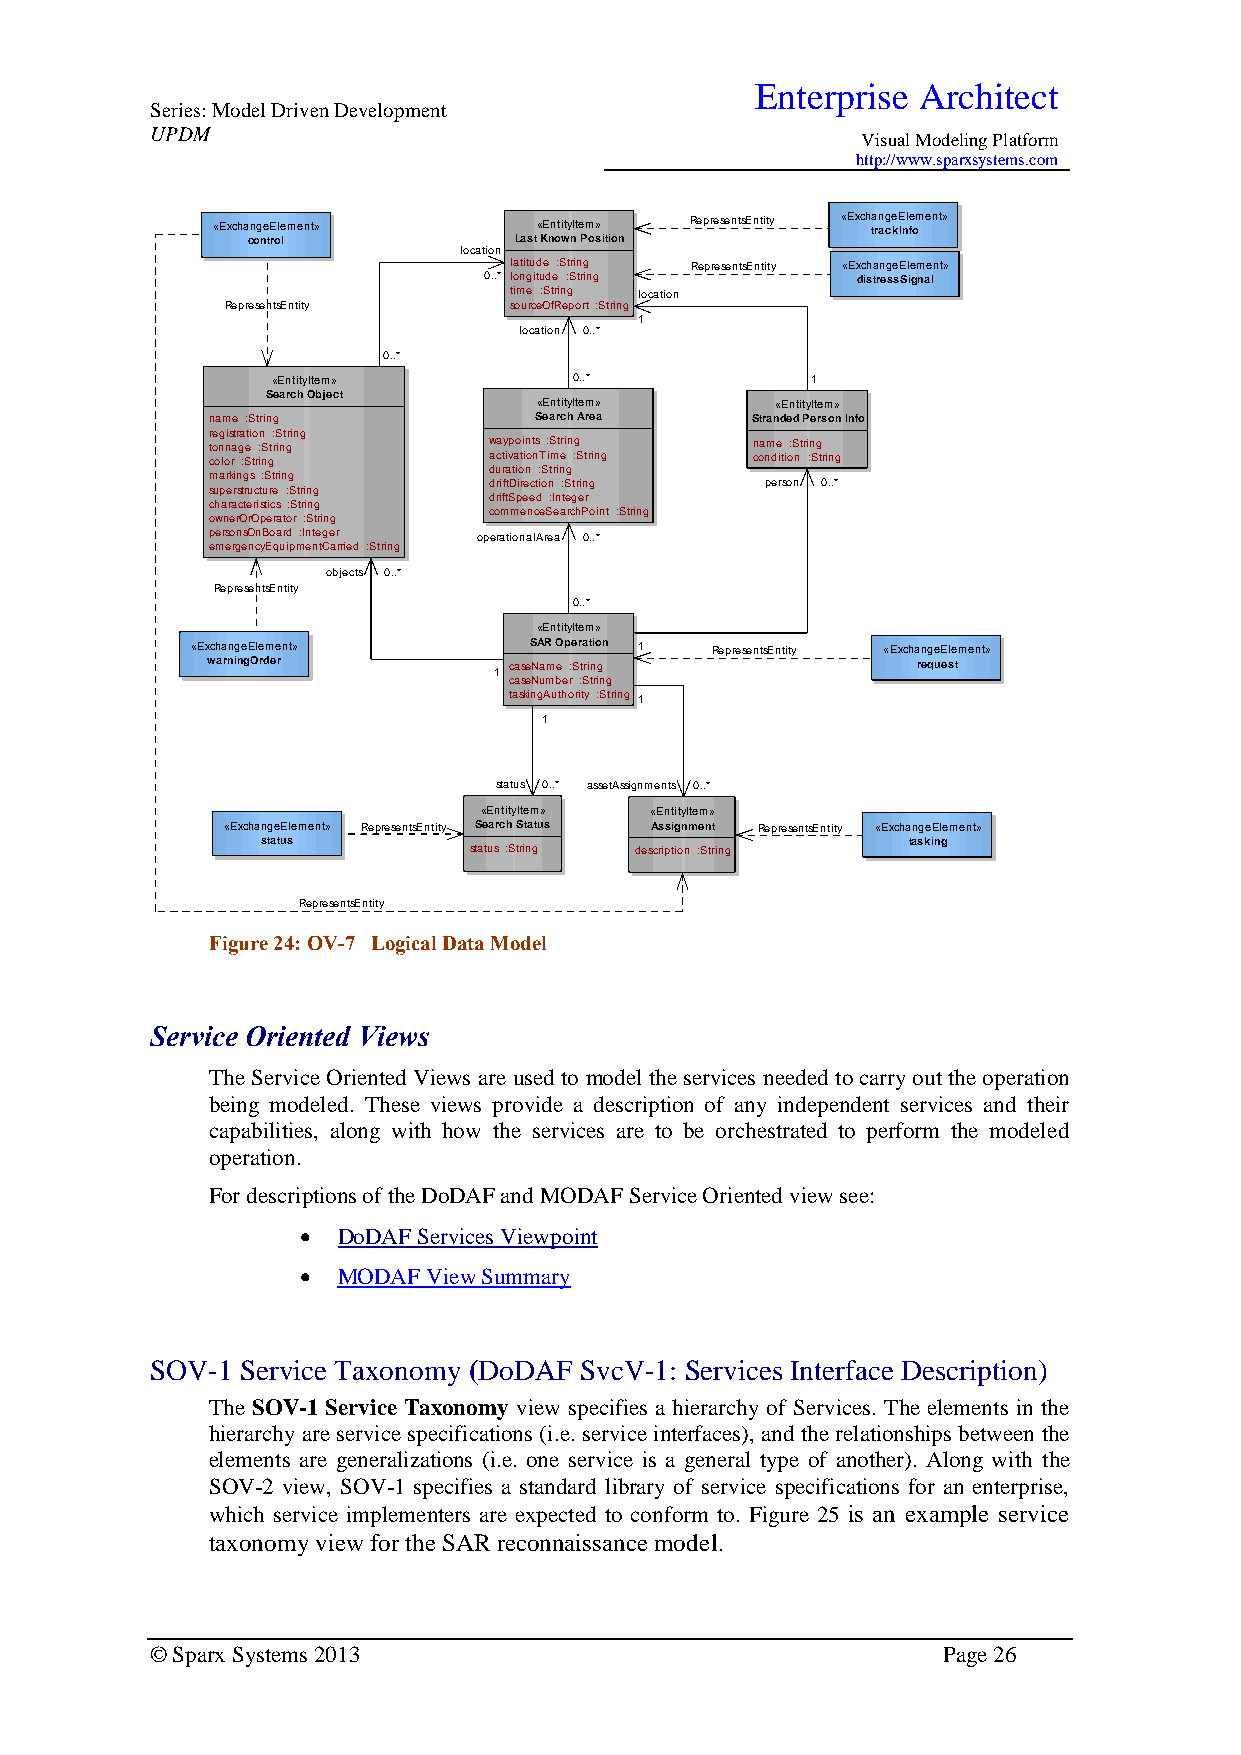
Enterprise Architect
 Series: Model Driven Development
 UPDM
 Visual Modeling Platform
 http://www.sparxsystems.com
 «ExchangeElement»     «EntityItem» RepresentsEntity «Exch ta rn ag ce kE Inl fe oment»
 control           Last Known Position
 location
 latitude :String RepresentsEntity «ExchangeElement»
 0..* longitude :String   distressSignal
 time :String location
 RepresentsEntity   sourceOfReport :String
 1
 location 0..*
 0..*
 «EntityItem»        0..*            1
 Search Object
 «EntityItem»   «EntityItem»
 name :String         Search Area    Stranded Person Info
 registration :String
 tonnage :String   waypoints :String name :String
 color :String     activationTime :String condition :String
 duration :String
 markings :String
 driftDirection :String person 0..*
 superstructure :String
 driftSpeed :Integer
 characteristics :String
 commenceSearchPoint :String
 ownerOrOperator :String
 personsOnBoard :Integer operationalArea 0..*
 emergencyEquipmentCarried :String
 objects 0..*
 RepresentsEntity
 0..*
 «EntityItem»
 «ExchangeElement»     SAR Operation 1 RepresentsEntity «ExchangeElement»
 warningOrder        caseName :String           request
 1
 caseNumber :String
 taskingAuthority :String 1
 1
 status 0..* assetAssignments 0..*
 «EntityItem» «EntityItem»
 «ExchangeElement» RepresentsEntity Search Status Assignment RepresentsEntity «ExchangeElement»
 status                                     tasking
 status :String description :String
 RepresentsEntity
 Figure 24: OV-7 Logical Data Model
 Service Oriented Views
 The Service Oriented Views are used to model the services needed to carry out the operation
 being modeled. These views provide a description of any independent services and their
 capabilities, along with how the services are to be orchestrated to perform the modeled
 operation.
 For descriptions of the DoDAF and MODAF Service Oriented view see:
  DoDAF Services Viewpoint
  MODAF View Summary
 SOV-1 Service Taxonomy (DoDAF SvcV-1: Services Interface Description)
 The SOV-1 Service Taxonomy view specifies a hierarchy of Services. The elements in the
 hierarchy are service specifications (i.e. service interfaces), and the relationships between the
 elements are generalizations (i.e. one service is a general type of another). Along with the
 SOV-2 view, SOV-1 specifies a standard library of service specifications for an enterprise,
 which service implementers are expected to conform to. Figure 25 is an example service
 taxonomy view for the SAR reconnaissance model.
 © Sparx Systems 2013                                Page 26